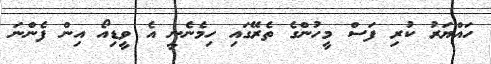
ހައްޔަރު ކުރި ފަސް މީހުންގެ ތެރޭގައި ހިމެނެނީ އެ ވީޑިއޯ އިން ފެންނަ